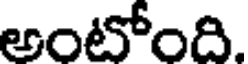
అంటోంది.